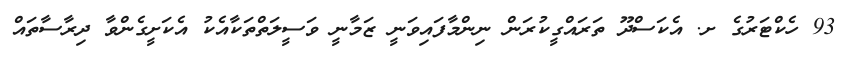
93 ހެކްޓަރުގެ ށ. އެކަސްދޫ ތަރައްގީކުރަން ނިންމާފައިވަނީ ޒަމާނީ ވަސީލަތްތަކާއެކު އެކަށީގެންވާ ދިރާސާތައް